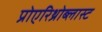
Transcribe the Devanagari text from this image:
प्रोएरिथ्रोब्लास्ट